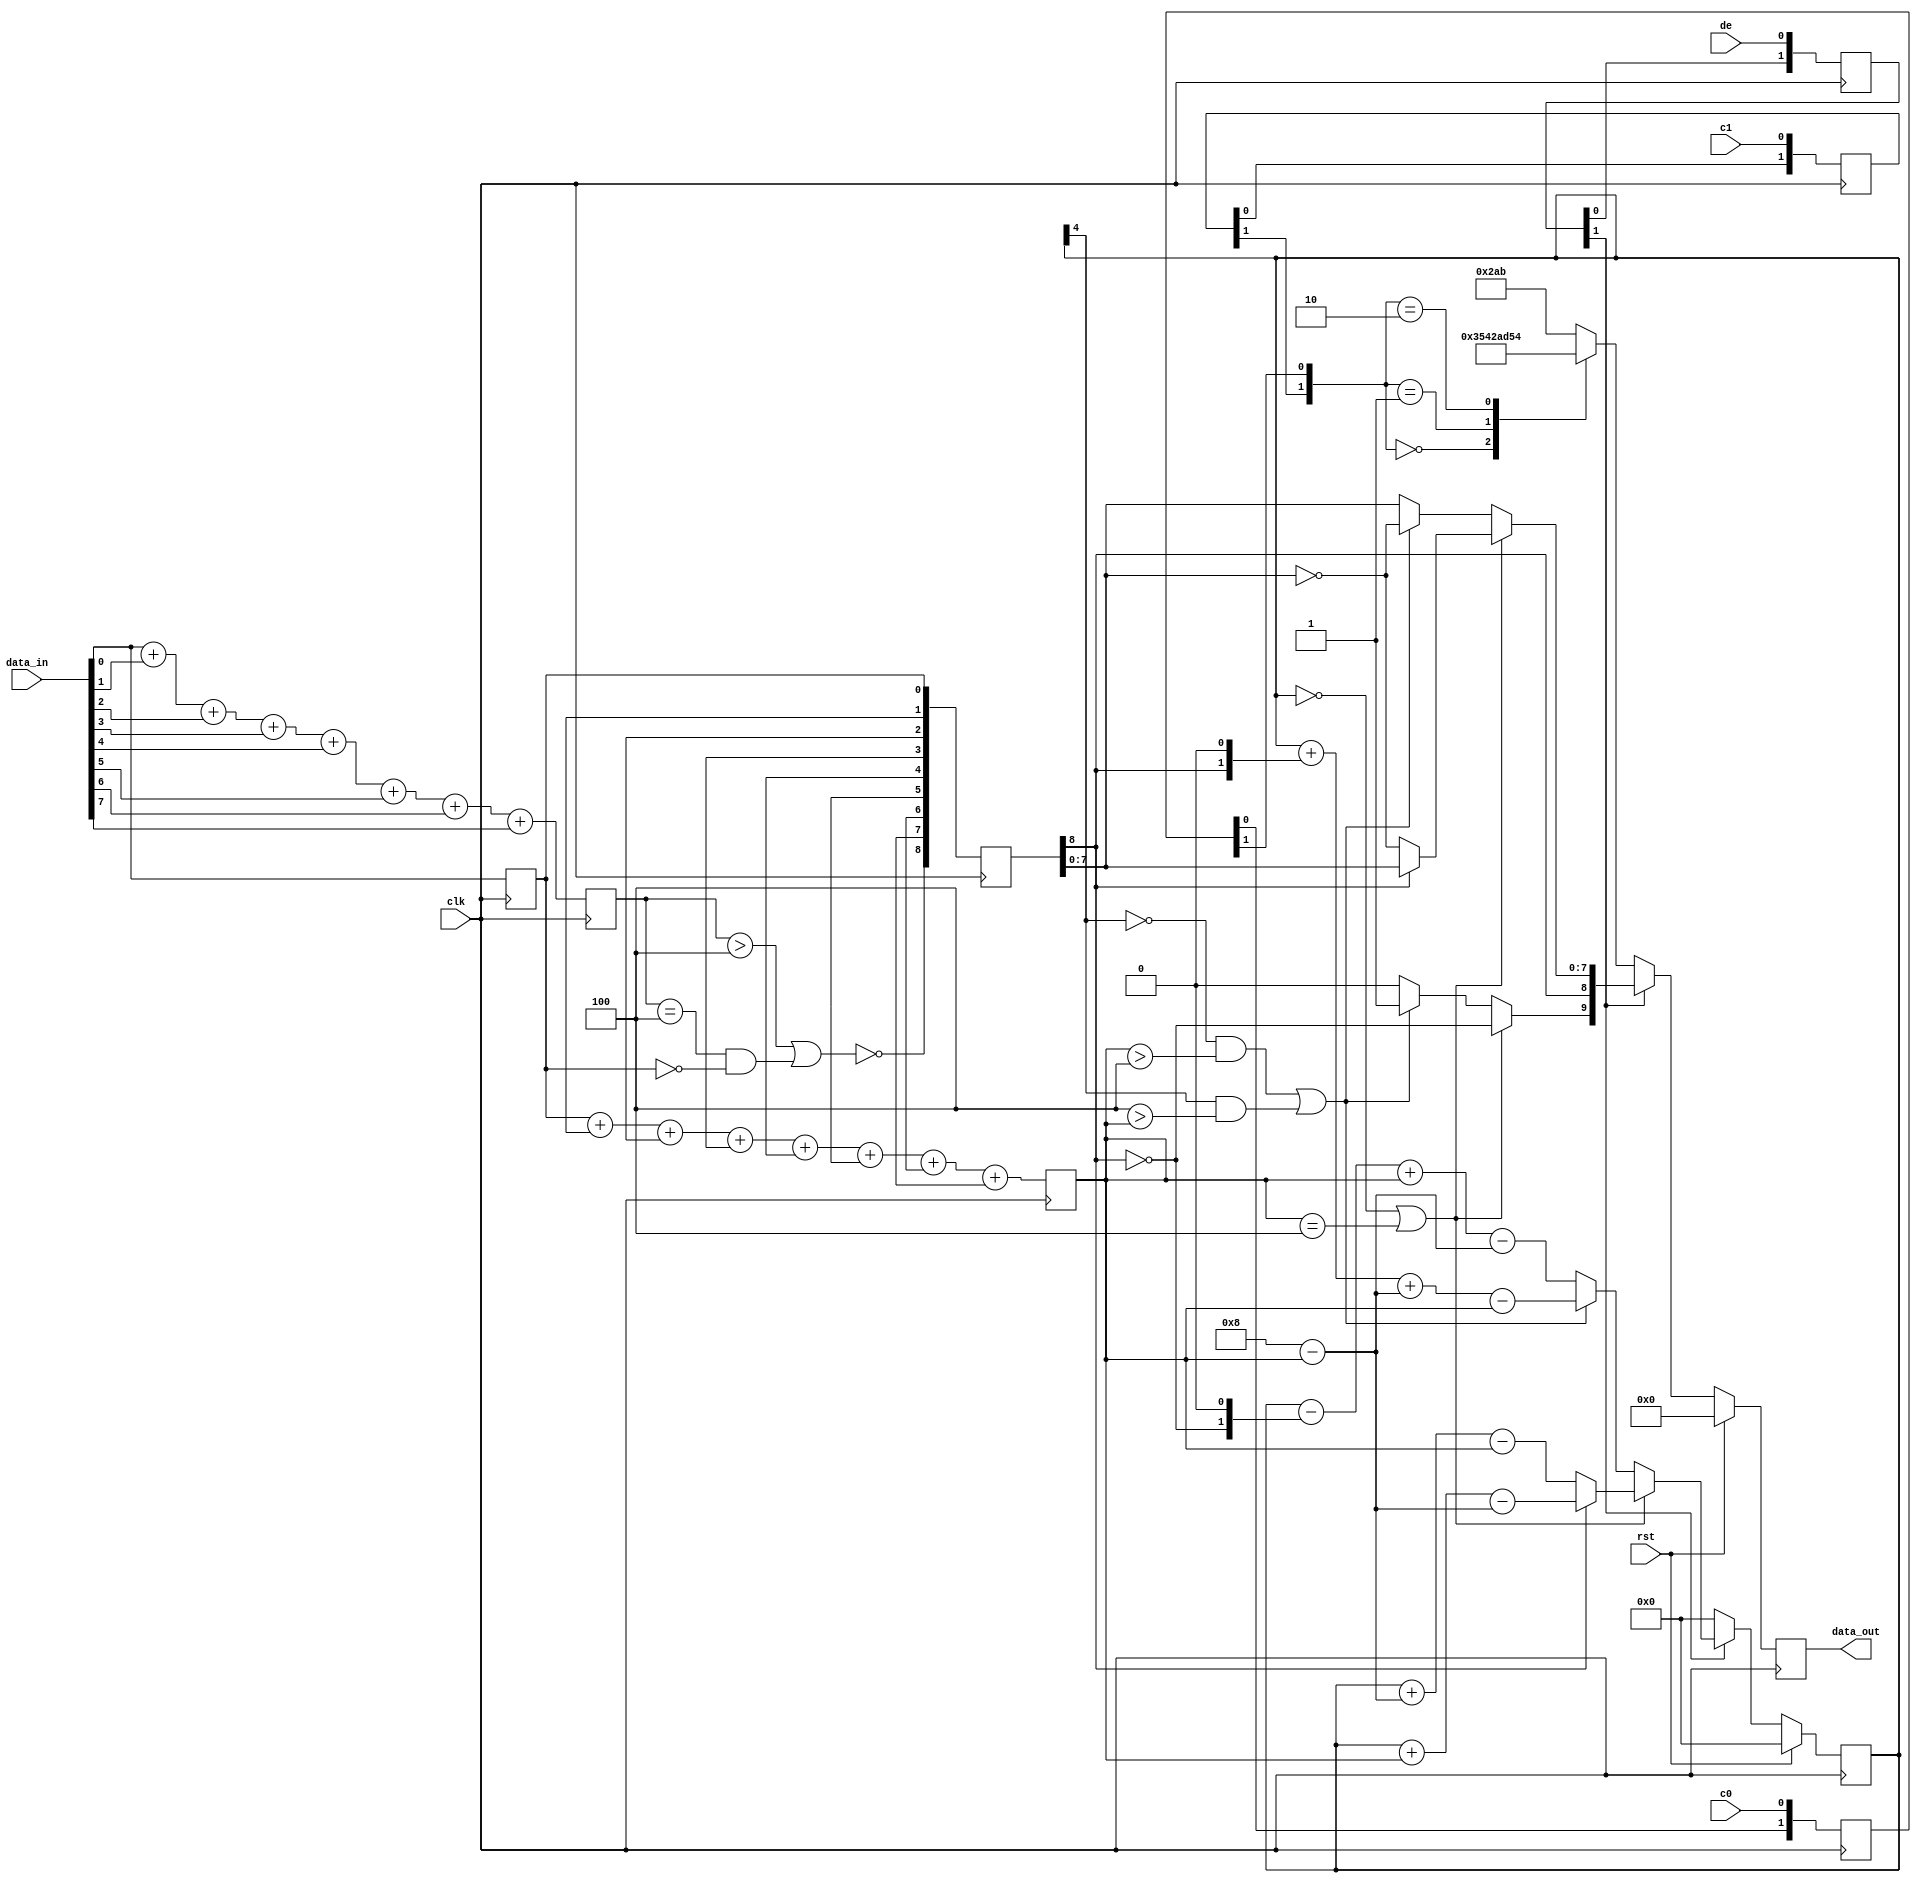
/*
   This file was generated automatically by the Mojo IDE version B1.3.6.
   Do not edit this file directly. Instead edit the original Lucid source.
   This is a temporary file and any changes made to it will be destroyed.
*/

module tmds_encoder_19 (
    input clk,
    input rst,
    input [7:0] data_in,
    input c0,
    input c1,
    input de,
    output reg [9:0] data_out
  );
  
  
  
  reg [9:0] M_dout_d, M_dout_q = 1'h0;
  reg [4:0] M_count_d, M_count_q = 1'h0;
  reg [3:0] M_num_ones_d, M_num_ones_q = 1'h0;
  reg [7:0] M_din_d, M_din_q = 1'h0;
  reg [3:0] M_num_ones9_d, M_num_ones9_q = 1'h0;
  reg [1:0] M_c0_pipe_d, M_c0_pipe_q = 1'h0;
  reg [1:0] M_c1_pipe_d, M_c1_pipe_q = 1'h0;
  reg [1:0] M_de_pipe_d, M_de_pipe_q = 1'h0;
  reg [8:0] M_data9_pipe_d, M_data9_pipe_q = 1'h0;
  
  reg xor_flag;
  
  reg [8:0] data9;
  
  integer i;
  
  reg cond_flip;
  
  reg flip;
  
  always @* begin
    M_c1_pipe_d = M_c1_pipe_q;
    M_din_d = M_din_q;
    M_count_d = M_count_q;
    M_data9_pipe_d = M_data9_pipe_q;
    M_num_ones9_d = M_num_ones9_q;
    M_de_pipe_d = M_de_pipe_q;
    M_num_ones_d = M_num_ones_q;
    M_dout_d = M_dout_q;
    M_c0_pipe_d = M_c0_pipe_q;
    
    data_out = M_dout_q;
    M_c0_pipe_d = {M_c0_pipe_q[0+0-:1], c0};
    M_c1_pipe_d = {M_c1_pipe_q[0+0-:1], c1};
    M_de_pipe_d = {M_de_pipe_q[0+0-:1], de};
    M_num_ones_d = data_in[0+0-:1] + data_in[1+0-:1] + data_in[2+0-:1] + data_in[3+0-:1] + data_in[4+0-:1] + data_in[5+0-:1] + data_in[6+0-:1] + data_in[7+0-:1];
    M_din_d = data_in;
    xor_flag = (M_num_ones_q > 3'h4) || (M_num_ones_q == 3'h4 && M_din_q[0+0-:1] == 1'h0);
    data9[0+0-:1] = M_din_q[0+0-:1];
    for (i = 1'h1; i < 4'h8; i = i + 1) begin
      data9[(i)*1+0-:1] = xor_flag ? data9[(i - 1'h1)*1+0-:1] ~^ M_din_q[(i)*1+0-:1] : data9[(i - 1'h1)*1+0-:1] ^ M_din_q[(i)*1+0-:1];
    end
    data9[8+0-:1] = ~xor_flag;
    M_num_ones9_d = data9[0+0-:1] + data9[1+0-:1] + data9[2+0-:1] + data9[3+0-:1] + data9[4+0-:1] + data9[5+0-:1] + data9[6+0-:1] + data9[7+0-:1];
    M_data9_pipe_d = data9;
    cond_flip = M_count_q == 1'h0 || M_num_ones9_q == 3'h4;
    flip = ((~M_count_q[4+0-:1]) && (M_num_ones9_q > 3'h4)) || (M_count_q[4+0-:1] && (3'h4 > M_num_ones9_q));
    if (M_de_pipe_q[1+0-:1]) begin
      if (cond_flip) begin
        M_dout_d[9+0-:1] = ~M_data9_pipe_q[8+0-:1];
        M_dout_d[8+0-:1] = M_data9_pipe_q[8+0-:1];
        M_dout_d[0+7-:8] = M_data9_pipe_q[8+0-:1] ? M_data9_pipe_q[0+7-:8] : ~M_data9_pipe_q[0+7-:8];
        M_count_d = (~M_data9_pipe_q[8+0-:1]) ? (M_count_q + (4'h8 - M_num_ones9_q) - M_num_ones9_q) : (M_count_q + M_num_ones9_q - (4'h8 - M_num_ones9_q));
      end else begin
        if (flip) begin
          M_dout_d[9+0-:1] = 1'h1;
          M_dout_d[8+0-:1] = M_data9_pipe_q[8+0-:1];
          M_dout_d[0+7-:8] = ~M_data9_pipe_q[0+7-:8];
          M_count_d = M_count_q + {M_data9_pipe_q[8+0-:1], 1'h0} + (4'h8 - M_num_ones9_q) - M_num_ones9_q;
        end else begin
          M_dout_d[9+0-:1] = 1'h0;
          M_dout_d[0+8-:9] = M_data9_pipe_q[0+8-:9];
          M_count_d = M_count_q - {~M_data9_pipe_q[8+0-:1], 1'h0} + M_num_ones9_q - (4'h8 - M_num_ones9_q);
        end
      end
    end else begin
      
      case ({M_c1_pipe_q[1+0-:1], M_c0_pipe_q[1+0-:1]})
        2'h0: begin
          M_dout_d = 10'h354;
        end
        2'h1: begin
          M_dout_d = 10'h0ab;
        end
        2'h2: begin
          M_dout_d = 10'h154;
        end
        default: begin
          M_dout_d = 10'h2ab;
        end
      endcase
      M_count_d = 1'h0;
    end
  end
  
  always @(posedge clk) begin
    M_num_ones_q <= M_num_ones_d;
    M_din_q <= M_din_d;
    M_num_ones9_q <= M_num_ones9_d;
    M_c0_pipe_q <= M_c0_pipe_d;
    M_c1_pipe_q <= M_c1_pipe_d;
    M_de_pipe_q <= M_de_pipe_d;
    M_data9_pipe_q <= M_data9_pipe_d;
    
    if (rst == 1'b1) begin
      M_dout_q <= 1'h0;
      M_count_q <= 1'h0;
    end else begin
      M_dout_q <= M_dout_d;
      M_count_q <= M_count_d;
    end
  end
  
endmodule